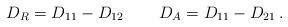
LaTeX: \begin{align*} D_R = D_{11}-D_{12}\, \qquad D_A = D_{11}-D_{21}\,.\end{align*}